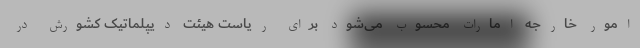
امور خارجه امارات محسوب می‌شود برای ریاست هیئت دیپلماتیک کشورش در